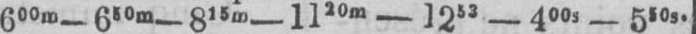
600m-630m-815m-1120m-1253-400s-550s.